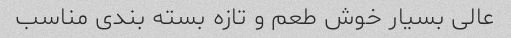
عالی بسیار خوش طعم و تازه بسته بندی مناسب